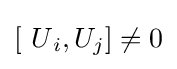
[{\ U}_{i},{U}_{j}]\neq 0